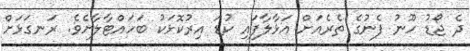
ދެ ޖޯޑު ހޫނު ފެނުގެ ތެރެއަށް އަޅާލާފައި ކުޑަ އިރުކޮޅަކު ބަހައްޓާލާށެވެ. ރަނގަޅަށް